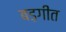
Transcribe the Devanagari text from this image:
बड़गीत